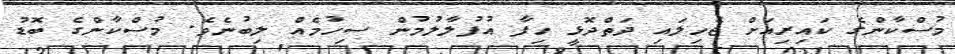
މުސްކާންގެ ކައިރިއަށް ޖެހިލައި ދަތްދޮޅީ ހިފާ އުފުލާލުމުން ސިހުމެއް ލިބުނެވެ. މުސްކާންގެ ބޮޑު